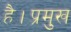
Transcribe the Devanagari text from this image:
है।प्रमुख